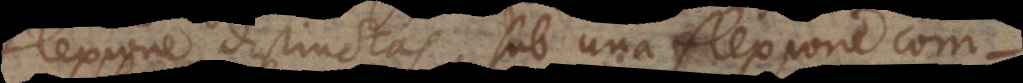
flexione distinctas, sub una flexione com